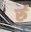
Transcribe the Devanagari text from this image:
र्रु